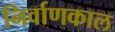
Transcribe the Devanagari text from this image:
निर्वाणकाल